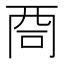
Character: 𠱩